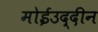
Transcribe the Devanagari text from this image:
मोईउद्दीन